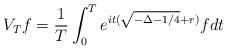
LaTeX: \begin{align*}V_{T} f = \frac{1}{T} \int_0^T e^{it(\sqrt{-\Delta-1/4} + r)} f dt\end{align*}